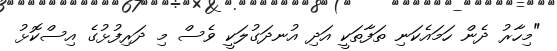
"މިހާރު ދެން ހަމައެކަނި ތަފާތަކީ އަދި އުނދަގުލަކީ ވެސް މި ދަރިފުޅުގެ އިސްކޮޅު